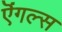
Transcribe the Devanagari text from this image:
ऎंगल्स